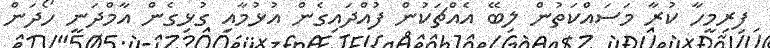
ފިރިމީހާ ކުރާ މަސައްކަތުން ލިބޭ އެއްޗަކުން ފުއްދައިގެން އުޅުމާއި ގުޅިގެން އާމްދަނީ ހޯދަން